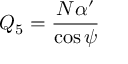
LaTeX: Q _ { 5 } = \frac { N \alpha ^ { \prime } } { \cos \psi }